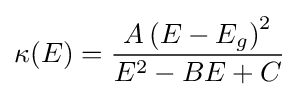
\kappa (E)={\frac {A\left(E-E_{g}\right)^{2}}{E^{2}-BE+C}}